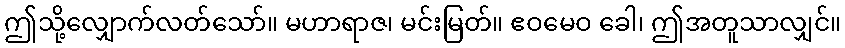
ဤသို့လျှောက်လတ်သော်။ မဟာရာဇ၊ မင်းမြတ်။ ဧဝမေဝ ခေါ၊ ဤအတူသာလျှင်။